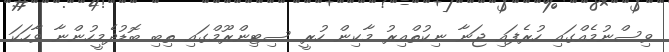
ވިސްނުމެއްގައި ހުރެފައި ޖަނާ ނިކުތްއިރު މާކިން ހުރީ ސިޓިންރޫމްގައި ތިބި ބޮޑުދެމީހުންނާ ވާހަކަ